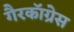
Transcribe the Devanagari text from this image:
गैरकॉग्रेस